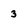
Character: 3